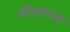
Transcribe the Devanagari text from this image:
सीक्सास